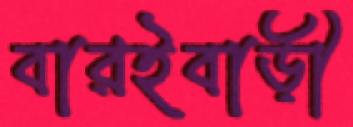
বারইবাড়ী